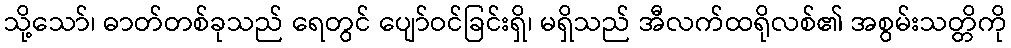
သို့သော်၊ ဓာတ်တစ်ခုသည် ရေတွင် ပျော်ဝင်ခြင်းရှိ၊ မရှိသည် အီလက်ထရိုလစ်၏ အစွမ်းသတ္တိကို